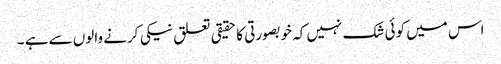
اس میں کوئی شک نہیں کہ خوبصورتی کا حقیقی تعلق نیکی کرنے والوں سے ہے ۔